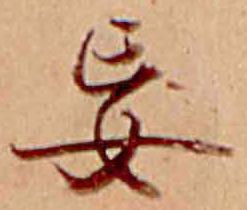
妄